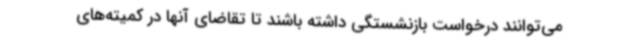
می‌توانند درخواست بازنشستگی داشته باشند تا تقاضای آنها در کمیته‌های